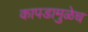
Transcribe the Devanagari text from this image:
कापडामुळेच